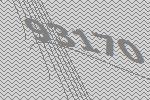
93170